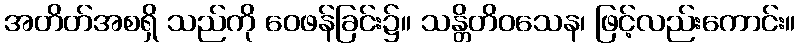
အတိတ်အစရှိ သည်ကို ဝေဖန်ခြင်း၌။ သန္တိတိဝသေန၊ ဖြင့်လည်းကောင်း။